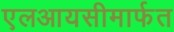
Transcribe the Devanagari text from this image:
एलआयसीमार्फत